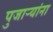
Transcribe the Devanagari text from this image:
पुजाऱ्यांना